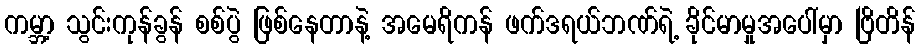
ကမ္ဘာ့ သွင်းကုန်ခွန် စစ်ပွဲ ဖြစ်နေတာနဲ့ အမေရိကန် ဖက်ဒရယ်ဘဏ်ရဲ့ ခိုင်မာမှုအပေါ်မှာ ဗြိတိန်